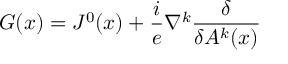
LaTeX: G ( x ) = J ^ { 0 } ( x ) + \frac i e \nabla ^ { k } \frac \delta { \delta A ^ { k } ( x ) }